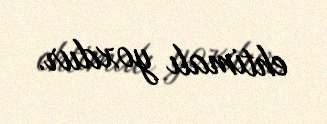
ehtimalı yoxdur.